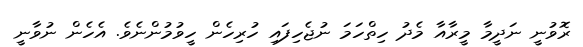
ރޮވުނީ ނަދީމާ މީރާއާ މެދު ހިތްހަމަ ނުޖެހިފައި ހުރިހެން ހީވުމުންނެވެ. އެހެން ނުވާނީ